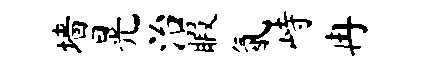
墙晃治暇氤峙冉